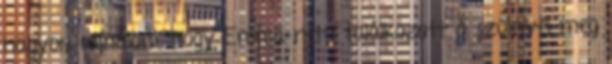
nagyon sajnálom, hogy Emma nem találkozott a szüleivel meg